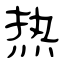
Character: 热